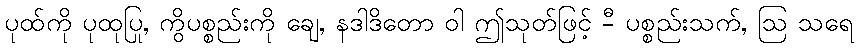
ပုထ်ကို ပုထုပြု, ကွိပစ္စည်းကို ချေ, နဒါဒိတော ဝါ ဤသုတ်ဖြင့် -ီ ပစ္စည်းသက်, ဩ သရေ